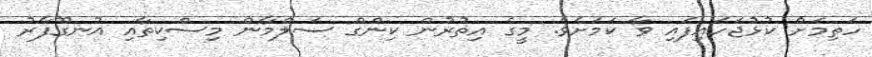
ހަތިމަށް ކުޅުޖަހައިފައި ވާ ކަމަށެވެ. މީގެ އިތުރުން ކިންގް ސަލްމާން މިސްކިތާއި އުނގޫފާރު